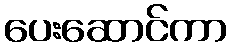
ပေးဆောင်ကာ